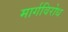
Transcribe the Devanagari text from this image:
मार्गविरोध